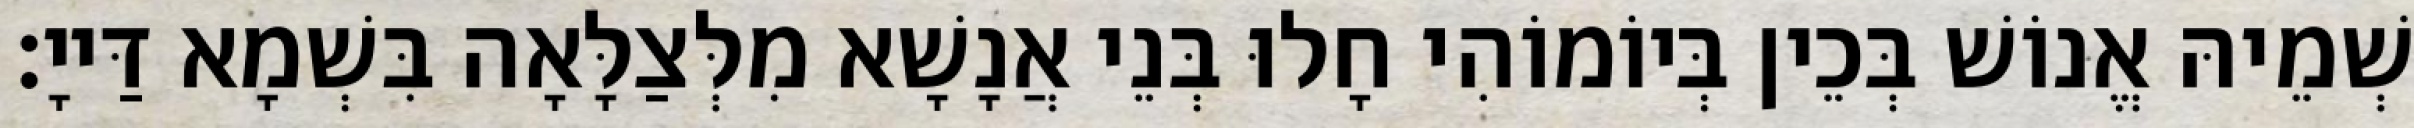
שְׁמֵיהּ אֱנוֹשׁ בְּכֵין בְּיוֹמוֹהִי חָלוּ בְּנֵי אֲנָשָׁא מִלְּצַלָּאָה בִּשְׁמָא דַּייָ׃